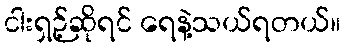
ငါးရှဉ့်ဆိုရင် ရေနဲ့သယ်ရတယ်။